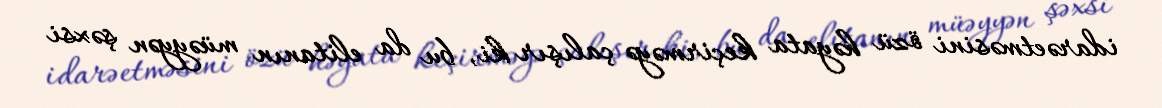
idarəetməsini özü həyata keçirməyə çalışır ki, bu da elitanın müəyyən şəxsi